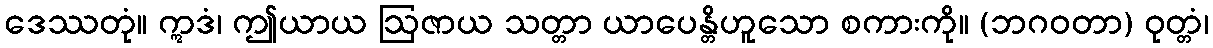
ဒေဿတုံ။ ဣဒံ၊ ဤယာယ ဩဇာယ သတ္တာ ယာပေန္တိဟူသော စကားကို။ (ဘဂဝတာ) ဝုတ္တံ၊